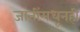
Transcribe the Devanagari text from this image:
जातींमधूनही